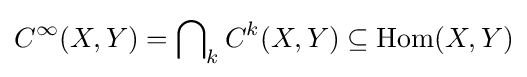
C^{\infty }(X,Y)=\bigcap \nolimits _{k}C^{k}(X,Y)\subseteq {\mbox{Hom}}(X,Y)